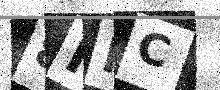
Text: 8IMC